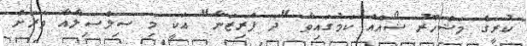
ކުރީގެ މަޝްހޫރު ޝޯއެއް ކަމުގައިވާ "ދަ ޕްރިޒަނާ" އަކީ މި ސިލްސިލާއާ ވަރަށް